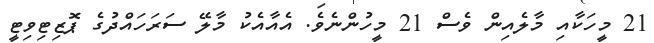
21 މީހަކާއި މާލެއިން ވެސް 21 މީހުންނެވެ. އެއާއެކު މާލޭ ސަރަހައްދުގެ ޕޮޒިޓިވިޓީ